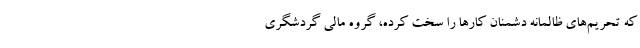
که تحریم‌های ظالمانه دشمنان کارها را سخت کرده، گروه مالی گردشگری